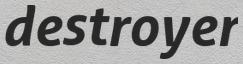
destroyer